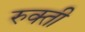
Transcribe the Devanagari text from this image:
रुक्ती